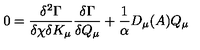
0 = \frac { \delta ^ { 2 } \Gamma } { \delta \chi \delta K _ { \mu } } \frac { \delta \Gamma } { \delta Q _ { \mu } } + \frac { 1 } { \alpha } D _ { \mu } ( A ) Q _ { \mu }